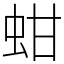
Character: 蚶